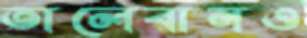
তালেবানও